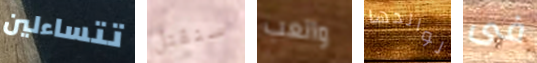
تتساءلين سنقتل والعب لوالدها فى